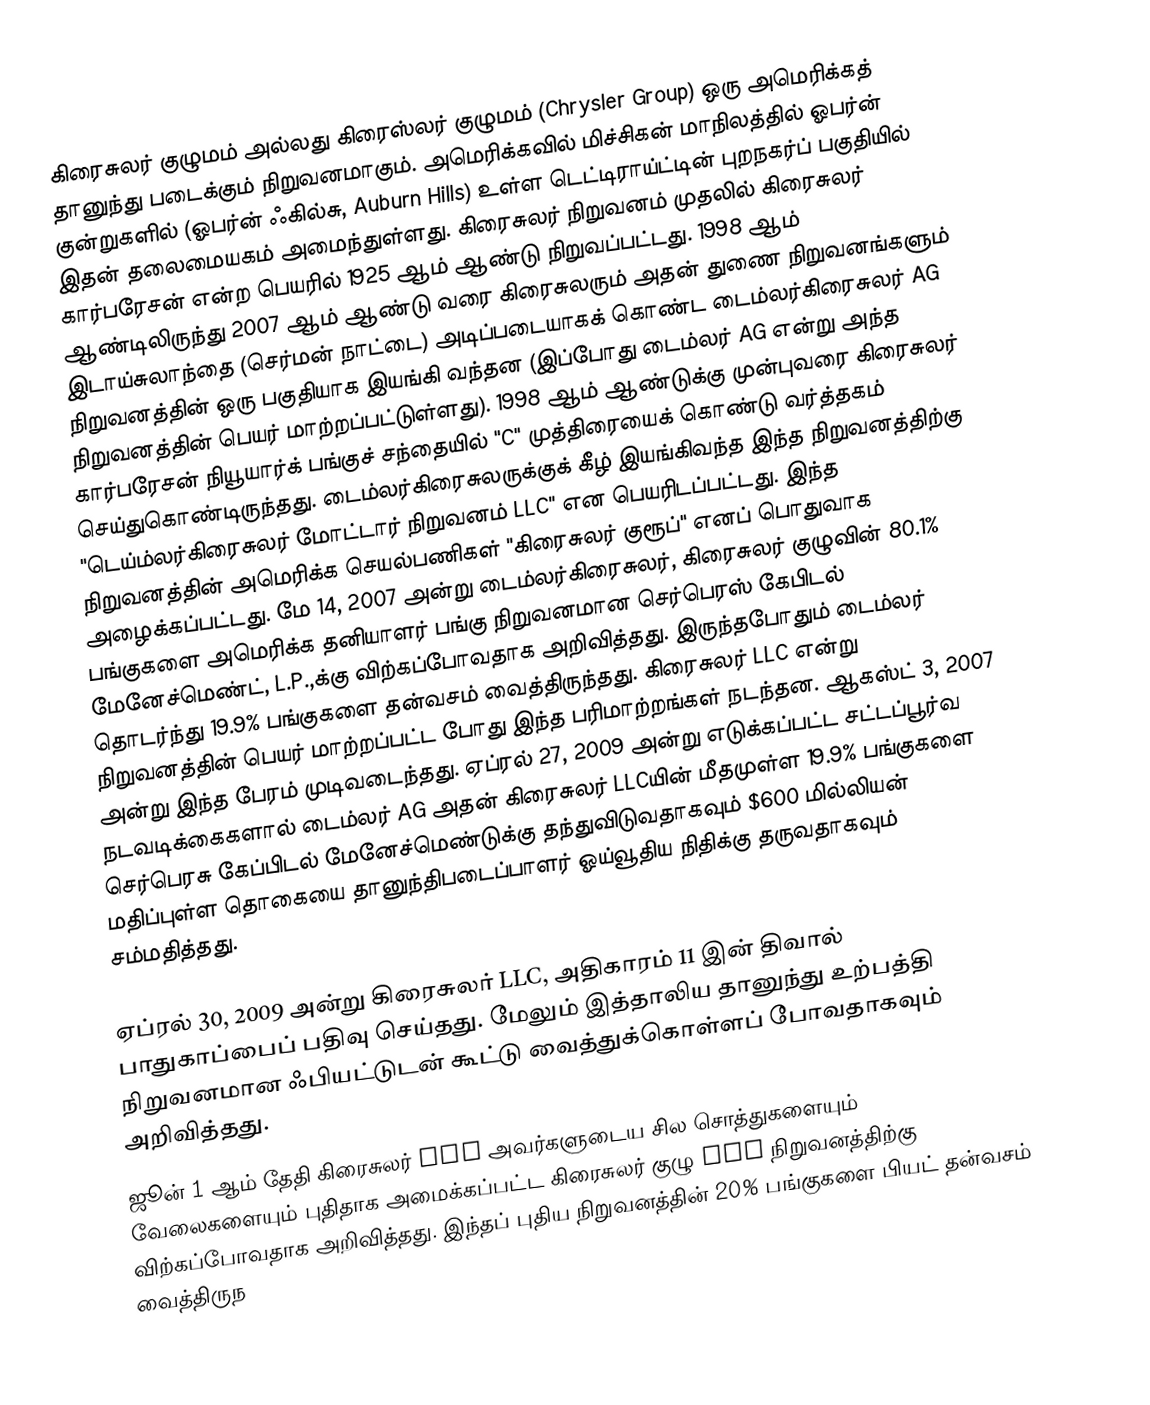
கிரைசுலர் குழுமம் அல்லது கிரைஸ்லர் குழுமம் (Chrysler Group) ஒரு அமெரிக்கத் தானுந்து படைக்கும் நிறுவனமாகும். அமெரிக்கவில் மிச்சிகன் மாநிலத்தில் ஓபர்ன் குன்றுகளில் (ஓபர்ன் ஃகில்சு, Auburn Hills) உள்ள டெட்டிராய்ட்டின் புறநகர்ப் பகுதியில் இதன் தலைமையகம் அமைந்துள்ளது. கிரைசுலர் நிறுவனம் முதலில் கிரைசுலர் கார்பரேசன் என்ற பெயரில் 1925 ஆம் ஆண்டு நிறுவப்பட்டது. 1998 ஆம் ஆண்டிலிருந்து 2007 ஆம் ஆண்டு வரை கிரைசுலரும் அதன் துணை நிறுவனங்களும் இடாய்சுலாந்தை (செர்மன் நாட்டை) அடிப்படையாகக் கொண்ட டைம்லர்கிரைசுலர் AG நிறுவனத்தின் ஒரு பகுதியாக இயங்கி வந்தன (இப்போது டைம்லர் AG என்று அந்த நிறுவனத்தின் பெயர் மாற்றப்பட்டுள்ளது). 1998 ஆம் ஆண்டுக்கு முன்புவரை கிரைசுலர் கார்பரேசன் நியூயார்க் பங்குச் சந்தையில் "C" முத்திரையைக் கொண்டு வர்த்தகம் செய்துகொண்டிருந்தது. டைம்லர்கிரைசுலருக்குக் கீழ் இயங்கிவந்த இந்த நிறுவனத்திற்கு "டெய்ம்லர்கிரைசுலர் மோட்டார் நிறுவனம் LLC" என பெயரிடப்பட்டது. இந்த நிறுவனத்தின் அமெரிக்க செயல்பணிகள் "கிரைசுலர் குரூப்" எனப் பொதுவாக அழைக்கப்பட்டது. மே 14, 2007 அன்று டைம்லர்கிரைசுலர், கிரைசுலர் குழுவின் 80.1% பங்குகளை அமெரிக்க தனியாளர் பங்கு நிறுவனமான செர்பெரஸ் கேபிடல் மேனேச்மெண்ட், L.P.,க்கு விற்கப்போவதாக அறிவித்தது. இருந்தபோதும் டைம்லர் தொடர்ந்து 19.9% பங்குகளை தன்வசம் வைத்திருந்தது. கிரைசுலர் LLC என்று நிறுவனத்தின் பெயர் மாற்றப்பட்ட போது இந்த பரிமாற்றங்கள் நடந்தன. ஆகஸ்ட் 3, 2007 அன்று இந்த பேரம் முடிவடைந்தது. ஏப்ரல் 27, 2009 அன்று எடுக்கப்பட்ட சட்டப்பூர்வ நடவடிக்கைகளால் டைம்லர் AG அதன் கிரைசுலர் LLCயின் மீதமுள்ள 19.9% பங்குகளை செர்பெரசு கேப்பிடல் மேனேச்மெண்டுக்கு தந்துவிடுவதாகவும் $600 மில்லியன் மதிப்புள்ள தொகையை தானுந்திபடைப்பாளர் ஓய்வூதிய நிதிக்கு தருவதாகவும் சம்மதித்தது.

ஏப்ரல் 30, 2009 அன்று கிரைசுலர் LLC, அதிகாரம் 11 இன் திவால் பாதுகாப்பைப் பதிவு செய்தது. மேலும் இத்தாலிய தானுந்து உற்பத்தி நிறுவனமான ஃபியட்டுடன் கூட்டு வைத்துக்கொள்ளப் போவதாகவும் அறிவித்தது.
ஜூன் 1 ஆம் தேதி கிரைசுலர் LLC அவர்களுடைய சில சொத்துகளையும் வேலைகளையும் புதிதாக அமைக்கப்பட்ட கிரைசுலர் குழு LLC நிறுவனத்திற்கு விற்கப்போவதாக அறிவித்தது. இந்தப் புதிய நிறுவனத்தின் 20% பங்குகளை பியட் தன்வசம் வைத்திருந